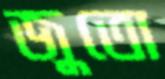
জুতো